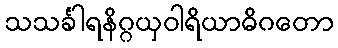
သသင်္ခါရနိဂ္ဂယှဝါရိယာဓိဂတော